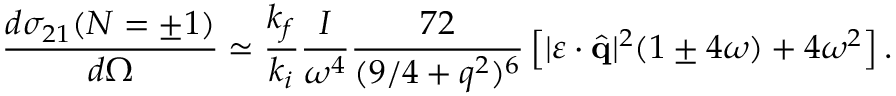
\frac { d { \sigma } _ { 2 1 } ( N = \pm 1 ) } { d \Omega } \simeq \frac { k _ { f } } { k _ { i } } \frac { I } { \omega ^ { 4 } } \frac { 7 2 } { ( 9 / 4 + q ^ { 2 } ) ^ { 6 } } \left[ | \boldsymbol { \varepsilon } \cdot \hat { \mathbf { q } } | ^ { 2 } ( 1 \pm 4 \omega ) + 4 \omega ^ { 2 } \right] .